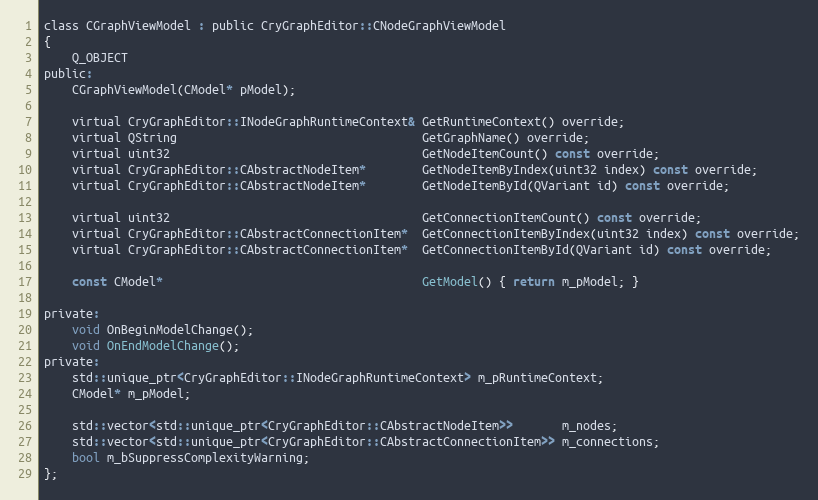
Language: C
class CGraphViewModel : public CryGraphEditor::CNodeGraphViewModel
{
	Q_OBJECT
public:
	CGraphViewModel(CModel* pModel);

	virtual CryGraphEditor::INodeGraphRuntimeContext& GetRuntimeContext() override;
	virtual QString                                   GetGraphName() override;
	virtual uint32                                    GetNodeItemCount() const override;
	virtual CryGraphEditor::CAbstractNodeItem*        GetNodeItemByIndex(uint32 index) const override;
	virtual CryGraphEditor::CAbstractNodeItem*        GetNodeItemById(QVariant id) const override;

	virtual uint32                                    GetConnectionItemCount() const override;
	virtual CryGraphEditor::CAbstractConnectionItem*  GetConnectionItemByIndex(uint32 index) const override;
	virtual CryGraphEditor::CAbstractConnectionItem*  GetConnectionItemById(QVariant id) const override;

	const CModel*                                     GetModel() { return m_pModel; }

private:
	void OnBeginModelChange();
	void OnEndModelChange();
private:
	std::unique_ptr<CryGraphEditor::INodeGraphRuntimeContext> m_pRuntimeContext;
	CModel* m_pModel;

	std::vector<std::unique_ptr<CryGraphEditor::CAbstractNodeItem>>       m_nodes;
	std::vector<std::unique_ptr<CryGraphEditor::CAbstractConnectionItem>> m_connections;
	bool m_bSuppressComplexityWarning;
};